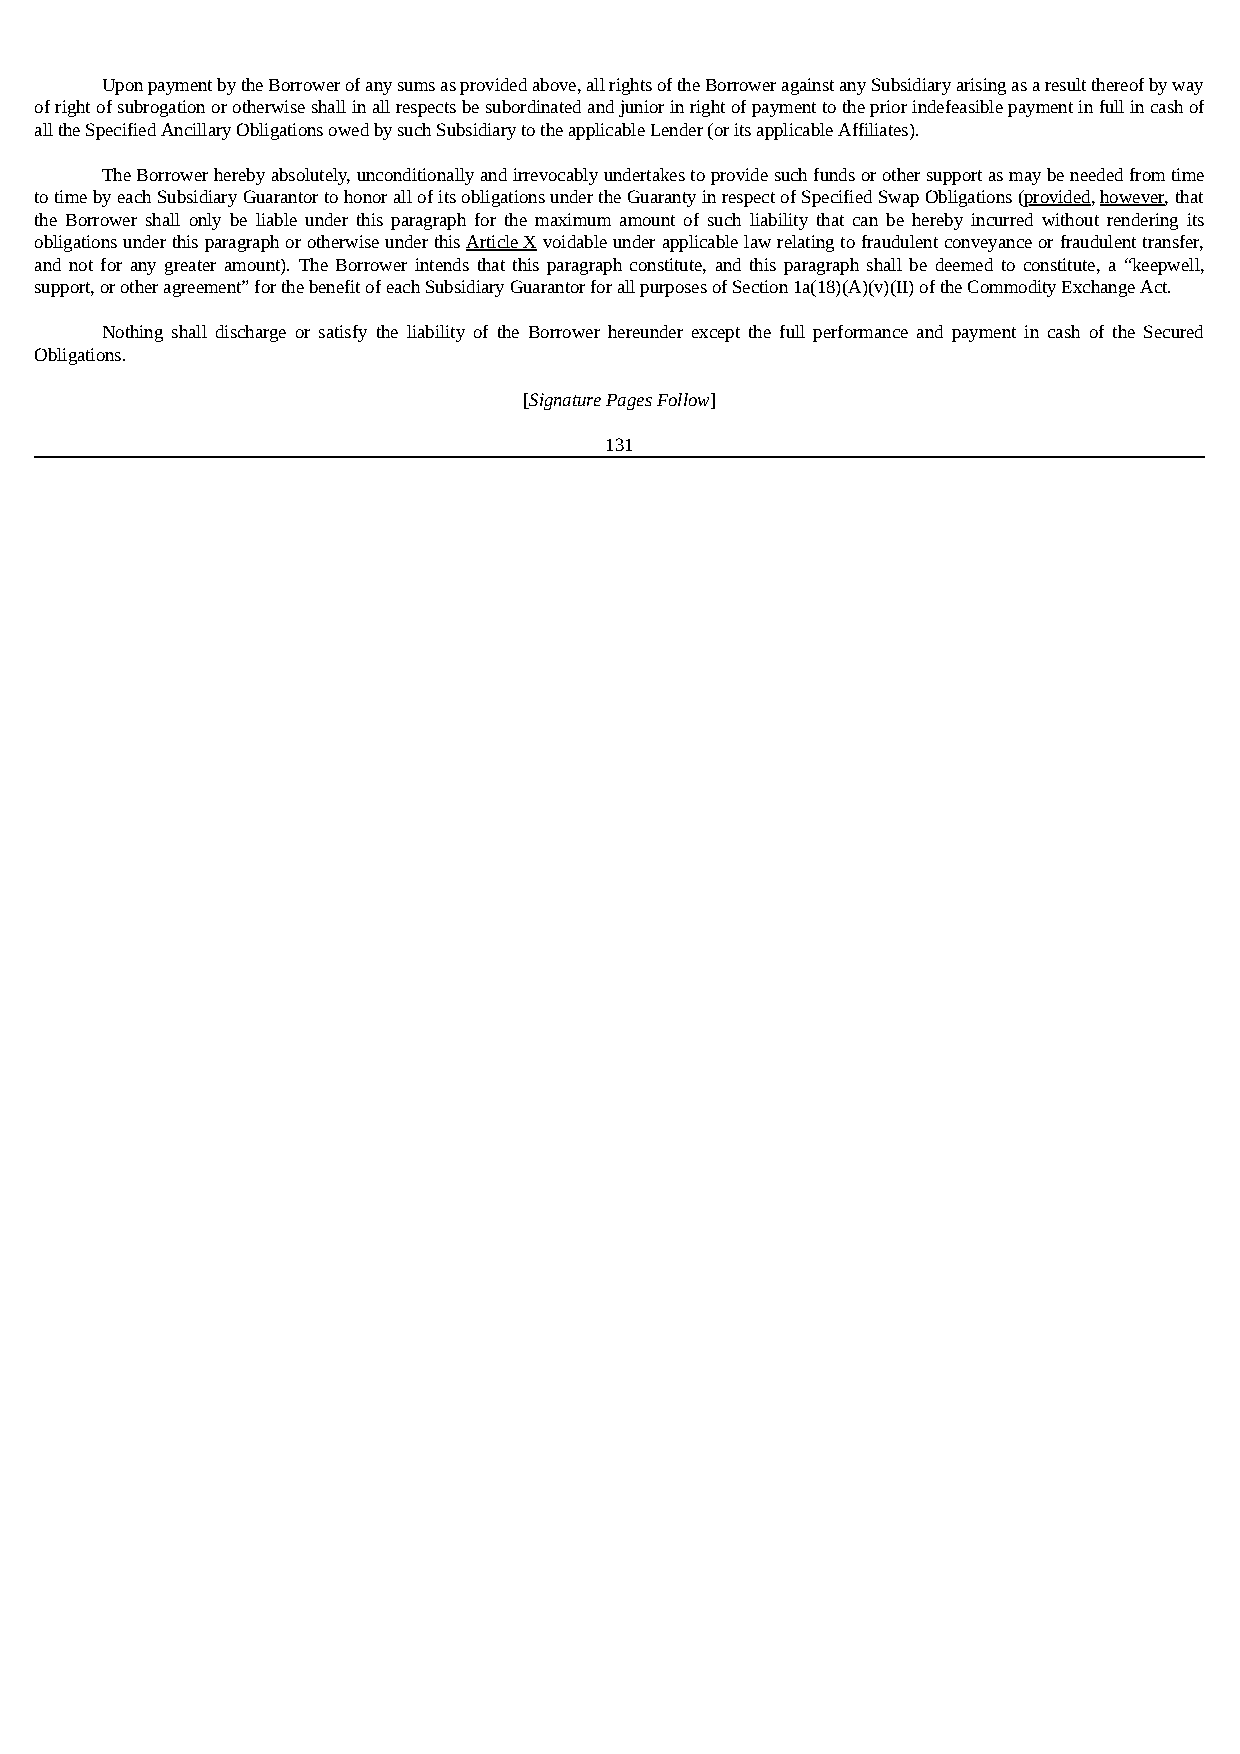
Upon payment by the Borrower of any sums as provided above, all rights of the Borrower against any Subsidiary arising as a result thereof by way
 of right of subrogation or otherwise shall in all respects be subordinated and junior in right of payment to the prior indefeasible payment in full in cash of
 all the Specified Ancillary Obligations owed by such Subsidiary to the applicable Lender (or its applicable Affiliates).
 The Borrower hereby absolutely, unconditionally and irrevocably undertakes to provide such funds or other support as may be needed from time
 to time by each Subsidiary Guarantor to honor all of its obligations under the Guaranty in respect of Specified Swap Obligations (provided, however, that
 the Borrower shall only be liable under this paragraph for the maximum amount of such liability that can be hereby incurred without rendering its
 obligations under this paragraph or otherwise under this Article X voidable under applicable law relating to fraudulent conveyance or fraudulent transfer,
 and not for any greater amount). The Borrower intends that this paragraph constitute, and this paragraph shall be deemed to constitute, a “keepwell,
 support, or other agreement” for the benefit of each Subsidiary Guarantor for all purposes of Section 1a(18)(A)(v)(II) of the Commodity Exchange Act.
 Nothing shall discharge or satisfy the liability of the Borrower hereunder except the full performance and payment in cash of the Secured
 Obligations.
 [Signature Pages Follow]
 131